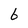
Character: 6